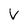
Character: V